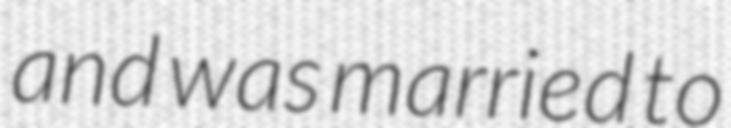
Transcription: and was married to